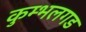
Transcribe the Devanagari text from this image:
कुम्भलगड